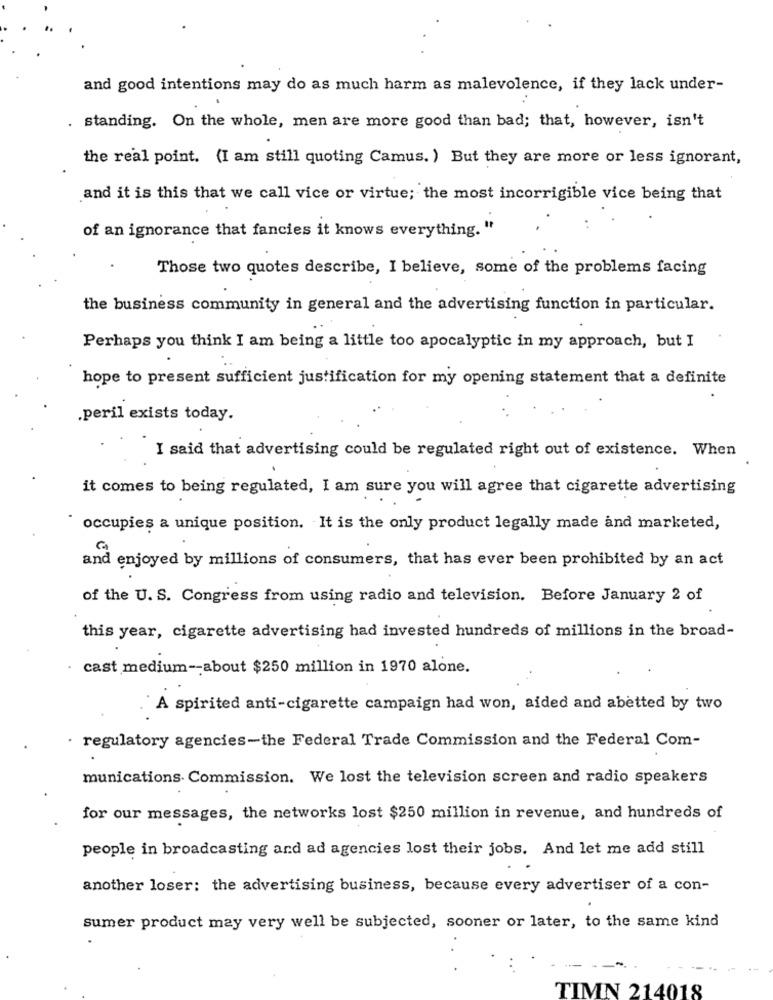
and good intentions may do as much harm as malevolence, if they lack under-
. standing. On the whole, men are more good than bad; that, however, isn't
the real point. (I am still quoting Camus. ) But they are more or less ignorant,
and it is this that we call vice or virtue; the most incorrigible vice being that
of an ignorance that fancies it knows everything. "
Those two quotes describe, I believe, some of the problems facing
the business community in general and the advertising function in particular.
Perhaps you think I am being a little too apocalyptic in my approach, but I
hope to present sufficient justification for my opening statement that a definite
.peril exists today.
I said that advertising could be regulated right out of existence. When
it comes to being regulated, I am sure you will agree that cigarette advertising
occupies a unique position. It is the only product legally made and marketed,
and enjoyed by millions of consumers, that has ever been prohibited by an act
of the U. S. Congress from using radio and television. Before January 2 of
this year, cigarette advertising had invested hundreds of millions in the broad-
· cast medium -- about $250 million in 1970 alone.
`A spirited anti-cigarette campaign had won, aided and abetted by two
· regulatory agencies-the Federal Trade Commission and the Federal Com-
munications. Commission. We lost the television screen and radio speakers
for our messages, the networks lost $250 million in revenue, and hundreds of
people in broadcasting and ad agencies lost their jobs. And let me add still
another loser: the advertising business, because every advertiser of a con-
sumer product may very well be subjected, sooner or later, to the same kind
TIMN 214018